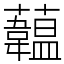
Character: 𧄧